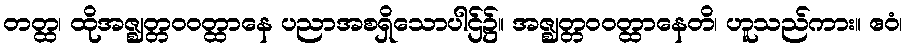
တတ္ထ၊ ထိုအဇ္ဈတ္တဝဝတ္ထာနေ ပညာအစရှိသောပါဌ်၌။ အဇ္ဈတ္တဝဝတ္ထာနေတိ၊ ဟူသည်ကား။ ဧဝံ၊